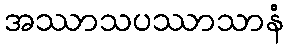
အဿာသပဿာသာနံ